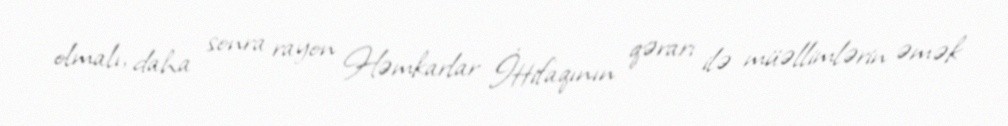
olmalı, daha sonra rayon Həmkarlar İttifaqının qərarı ilə müəllimlərin əmək